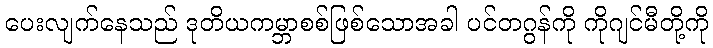
ပေးလျက်နေသည် ဒုတိယကမ္ဘာစစ်ဖြစ်သောအခါ ပင်တဂွန်ကို ကိုဂျင်မီတို့ကို